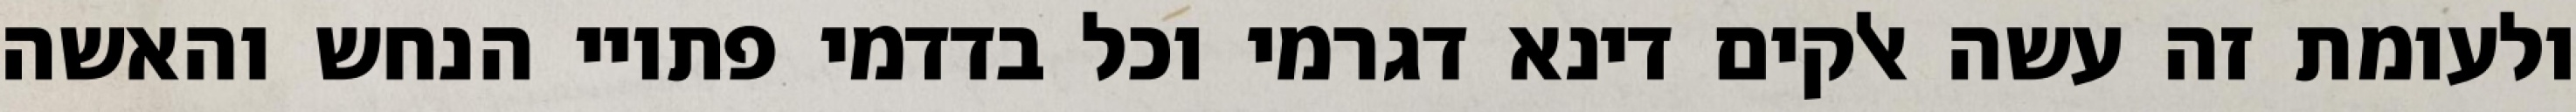
ולעומת זה עשה אלקים דינא דגרמי וכל בדדמי פתויי הנחש והאשה